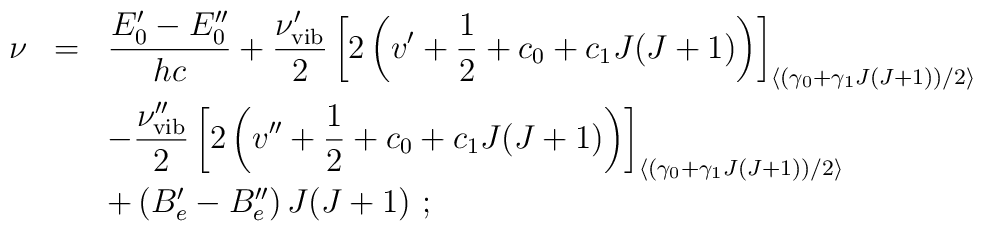
\begin{array}{rcl}\nu&=&\displaystyle\frac{E_0^\prime-E_0^{\prime\prime}}{hc}+\displaystyle      \frac{\nu_{\rm vib}^\prime}{2}\left[2\left(v^{\prime}+{1\over 2}+      c_0+c_1J(J+1)\right)\right]_{\left<\left(\gamma_0+\gamma_1J(J+1)      \right)/2\right>}\\[4mm]    & &-\displaystyle\frac{\nu_{\rm vib}^{\prime\prime}}{2}\left[2\left(       v^{\prime\prime}+{1\over 2}+       c_0+c_1J(J+1)\right)\right]_{\left<\left(\gamma_0+\gamma_1J(J+1)       \right)/2\right>}\\[3mm]     & &+\left(B_e^\prime-B_e^{\prime\prime}\right)J(J+1)~;\end{array}